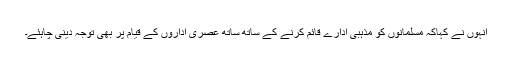
انہوں نے کہاکہ مسلمانوں کو مذہبی ادارے قائم کرنے کے ساتھ ساتھ عصری اداروں کے قیام پر بھی توجہ دینی چاہئے۔